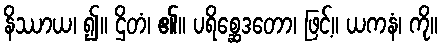
နိဿာယ၊ ၍။ ဌိတံ၊ ၏။ ပရိစ္ဆေဒတော၊ ဖြင့်။ ယကနံ၊ ကို။